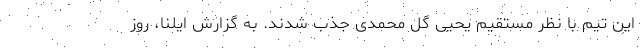
این تیم با نظر مستقیم یحیی گل محمدی جذب شدند. به گزارش ایلنا، روز